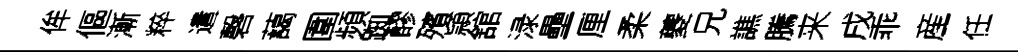
侔傴漸粹遣磬藹圍頻踟醪殯頴舘渌壘厘柔夔兄譙騰来戌乖産任